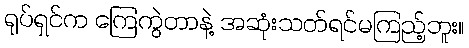
ရုပ်ရှင်က ကြေကွဲတာနဲ့ အဆုံးသတ်ရင်မကြည့်ဘူး။